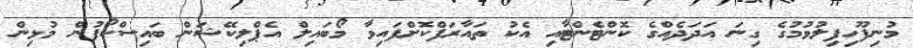
މުނިފޫހިފިލުވުމުގެ ގިނަ އަދަދެއްގެ ކޮންޓެންޓާއި އެކު ތައާރަފްކޮށްފައިވާ މޯބައިލް އެޕްލިކޭޝަން ބައިސްކޯފުން މުޅިން